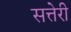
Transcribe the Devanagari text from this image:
सत्तेरी